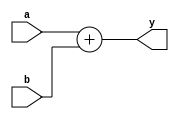
// This program was cloned from: https://github.com/siliconcompiler/scgallery
// License: Apache License 2.0

module adder (input [31:0] a, b,
              output [31:0] y);
   
   assign y = a + b;
   
endmodule // adder